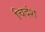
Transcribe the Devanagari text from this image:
चिदंश